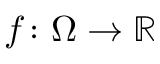
f \colon \Omega \to { \mathbb { R } }